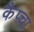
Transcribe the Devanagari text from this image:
कैप्चा